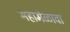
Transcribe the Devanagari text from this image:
महामेळावा